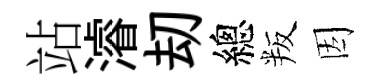
站濬刧總叛因